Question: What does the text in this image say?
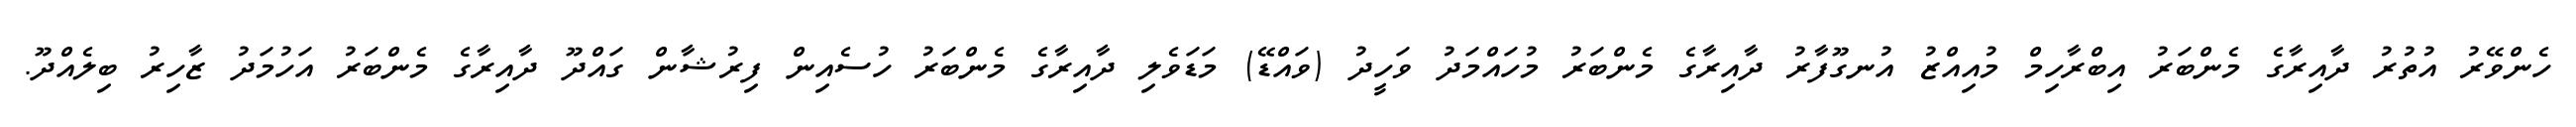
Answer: ހެންވޭރު އުތުރު ދާއިރާގެ މެންބަރު އިބްރާހިމް މުއިއްޒު އުނގޫފާރު ދާއިރާގެ މެންބަރު މުހައްމަދު ވަހީދު (ވައްޑޭ) މަޑަވެލި ދާއިރާގެ މެންބަރު ހުސެއިން ފިރުޝާން ގައްދޫ ދާއިރާގެ މެންބަރު އަހުމަދު ޒާހިރު ބިލެއްދޫ.